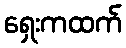
ရှေးကထက်